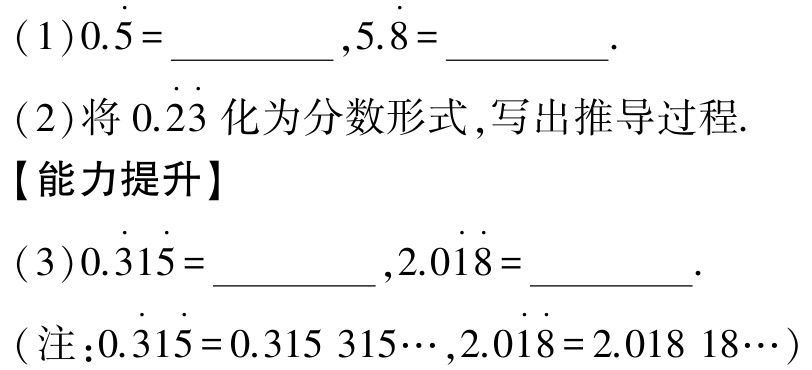
(1)$0.\dot{5}=\underline{\qquad\qquad},5.\dot{8}=\underline{\qquad\qquad}.$

(2)将$0.\dot{2}\dot{3}$化为分数形式,写出推导过程.

【能力提升】

(3)$0.\dot{3}1\dot{5}=\underline{\qquad\qquad},2.0\dot{1}\dot{8}=\underline{\qquad\qquad}.$

(注:$0.\dot{3}1\dot{5}=0.315\ 315\cdots,2.0\dot{1}\dot{8}=2.018\ 18\cdots$)